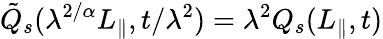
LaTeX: \tilde{Q}_{s}(\lambda^{2/\alpha}L_{\parallel},t/\lambda^{2})=\lambda^{2}Q_{s}(L_{\parallel},t)